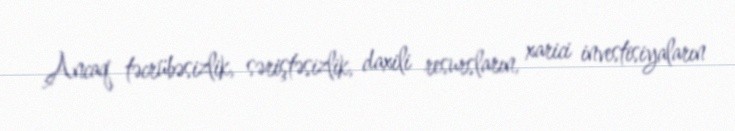
Ancaq təcrübəsizlik, səriştəsizlik, daxili resursların, xarici investisiyaların